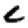
Digit: 6